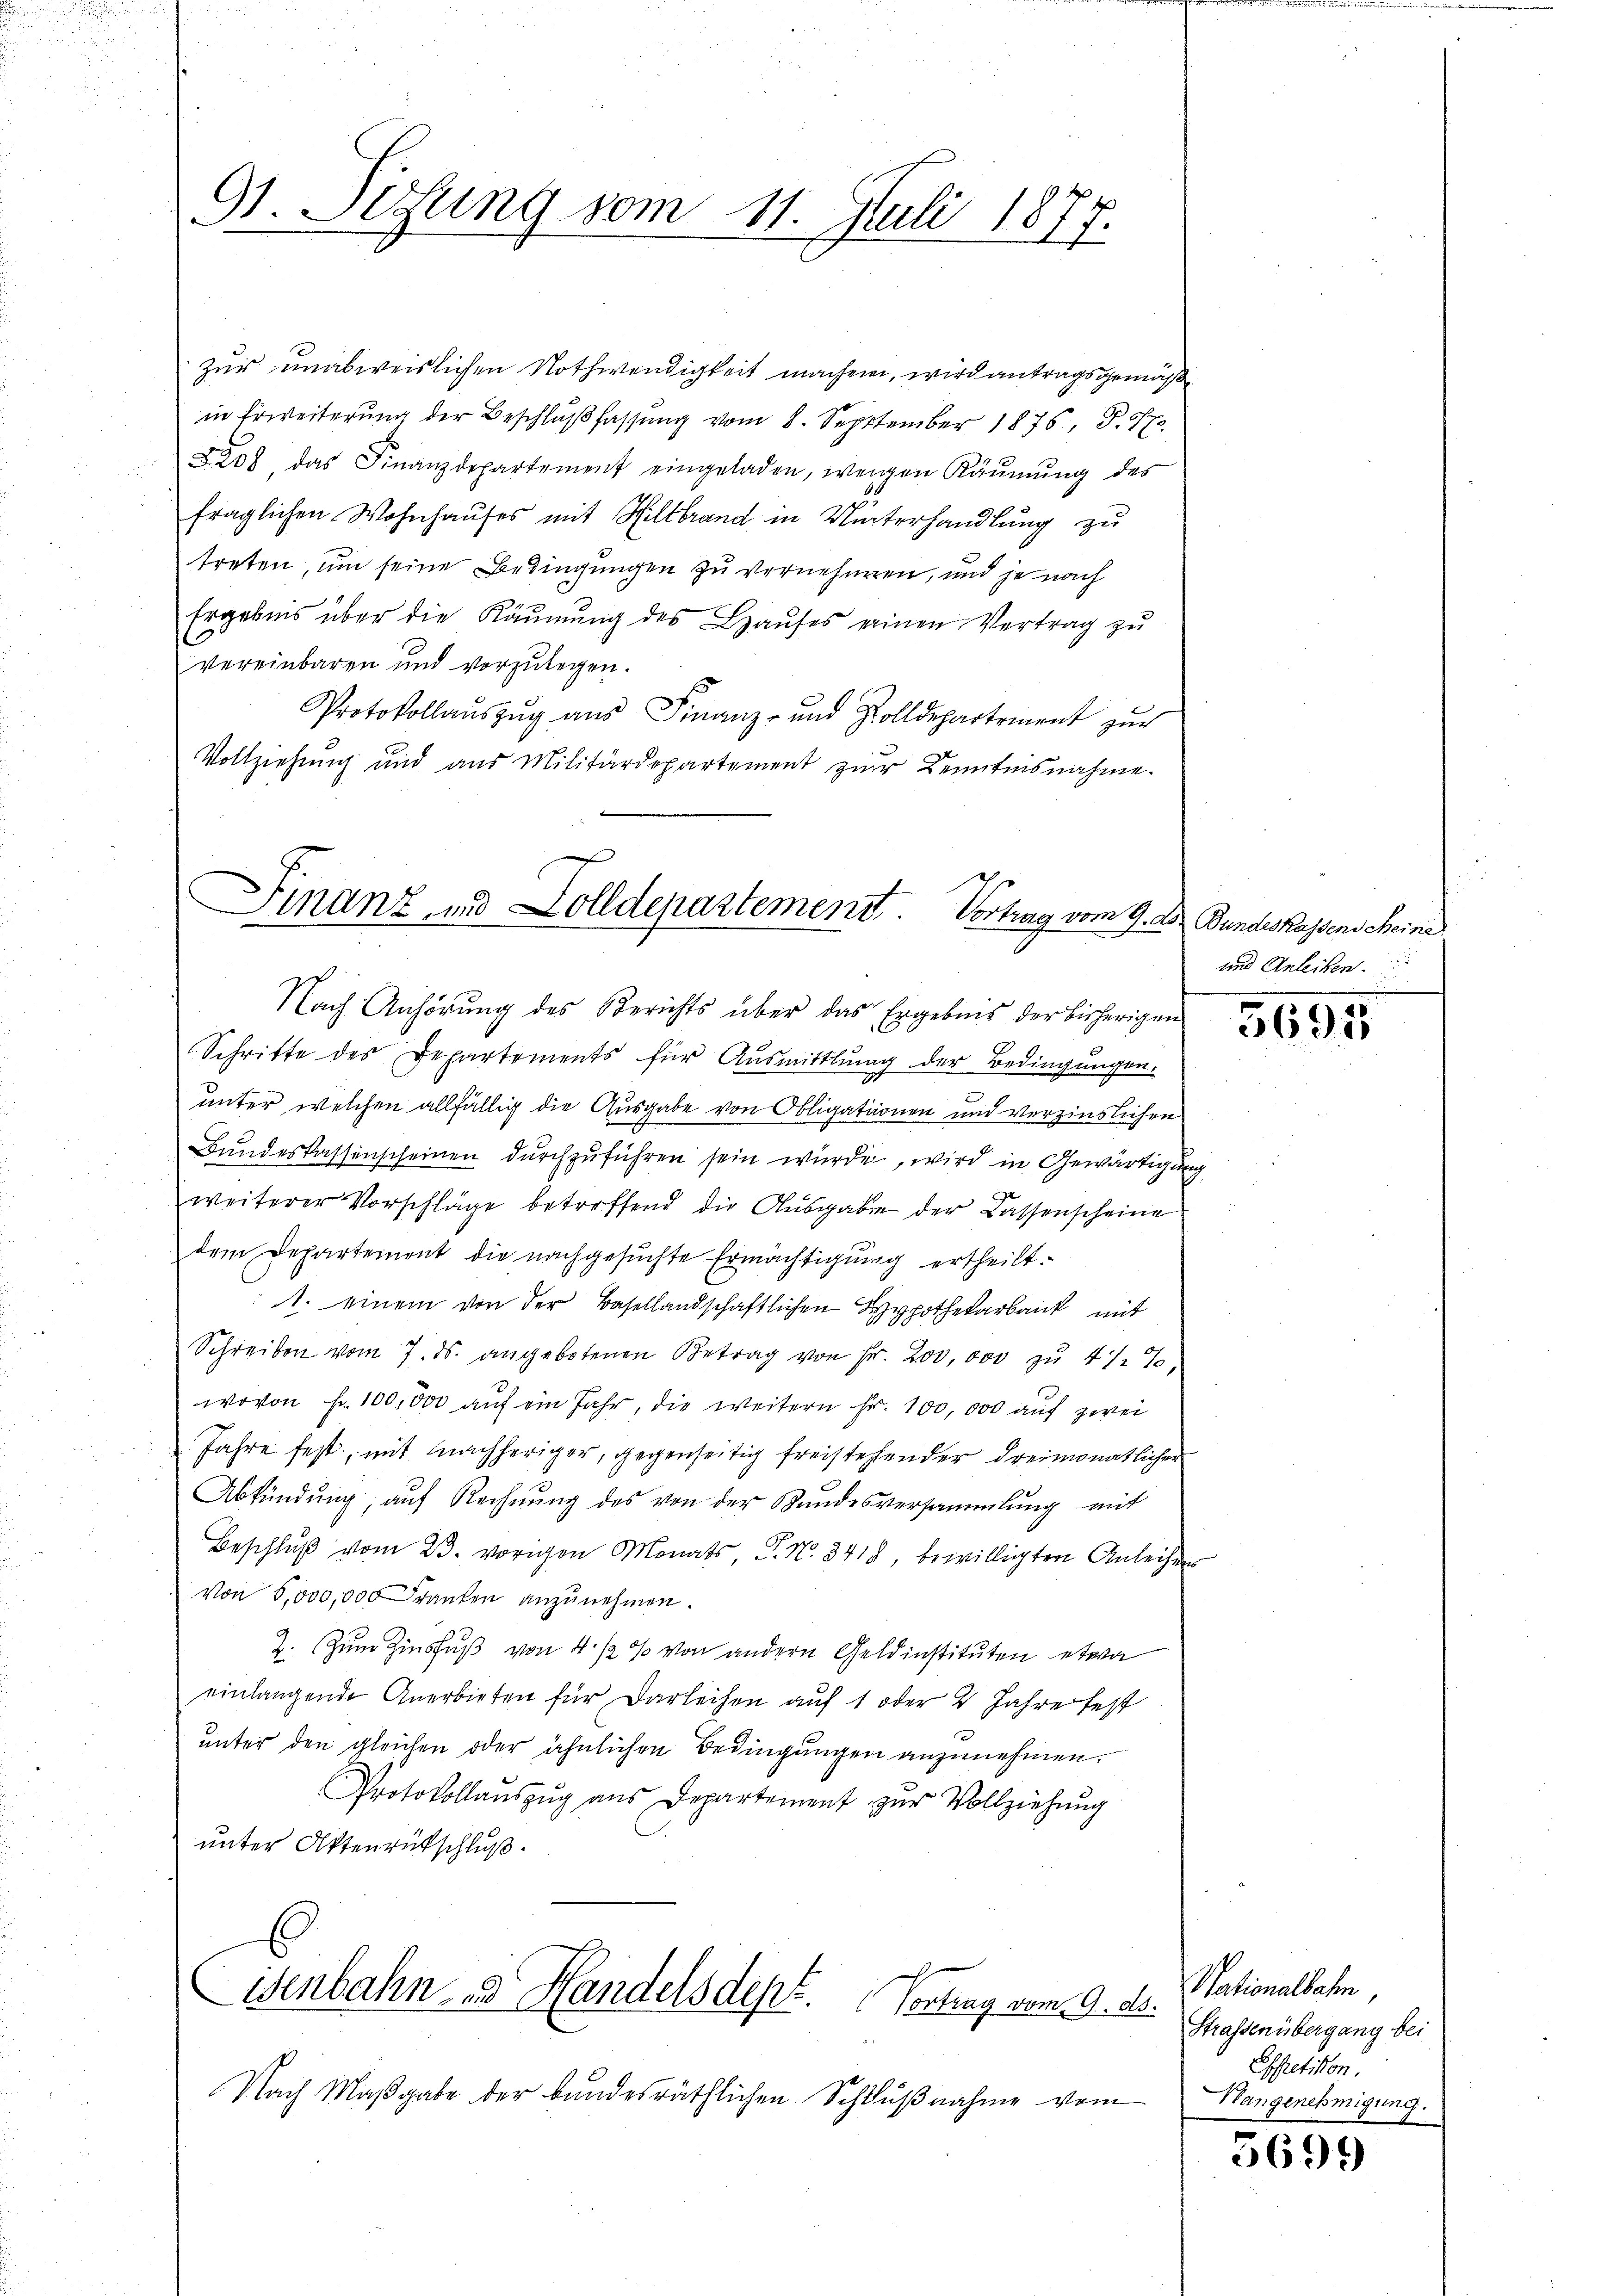
91. Sehling vom 11. Juli 1875.
e

zur unabweislichen Nothwendigkeit machen, wird antragsgemäß
in Erweiterung der Beschlußfassung vom 8. September 1875, S. 97
§208 das Finanzdepartement eingeladen, weigen Käŭmŭng des
fraglichen Wohnhauses mit Hiltbrand in Winterhandlung zu
treten, um seine Bedingungen zu vernehmen, und je nach
Ergebnis über die Räŭmŭng des Haŭses einen Vertrag zŭ
vereinbaren und vorzŭlegen.
Protokollaŭszŭg aŭs Finanz- und Zolldepartement zŭr
Vollziehung und aus Militärdepartement zur Kenntnisnahme.

Finanz und Zolldepartement. Vortrag vom 9. d.

Nach Anhörung des Berichts über das Ergebnis der bisherigen
Schritte des Departements für Aŭsmittlung der Bedingungen.
unter welchen allfällig die Ausgabe von Obligationen und vorzinslichen
Bundeskassenscheinen durchzuführen sein würde, wird in Gewärtigung
weiterer Vorschläge betreffend die Aŭsgabe der Bassenscheine
dem Departement die nachgesŭchte Ermächtigŭng ertheilt.
1. einem von der Basellandschaftlichen Hypothekarbank mit
Schreiben vom 7. ds. angebotenen Betrag von Fr. 200,000 zu 4 1/2%
wovon Fr. 100,000 auf ein Jahr, die weitern Fr. 100,000 auf zwei
Jahre fest, mit nachheriger, gegenseitig freistehender dreimonatlicher
Abkündung, auf Rechnŭng des von der Stundesversammlung mit
Beschluß vom 23. vorigen Monats, P. No. 3418, bewilligten Anleihens
von 5,000,000 Franken anzunehmen.
2. Zum Zinsfuß von 4 1/2 % von andern Geldinstituten etwa
einlangende Anerbieten für Darleihen auf 1 oder 2 Jahre fest
unter den gleichen oder ähnlichen Bedingungen anzunehmen.
Protokollaŭszŭg aŭs Departement zŭr Vollziehŭng
unter Aktenrückschluß

enbahn- u. Handelsdept. Vertrag vom 9. 20.

Nach Maßgabe der bundesräthlichen Schlußnahme vom

d Bundeskassens Meine
und Anleihen.

3695

Nationalbahn,
Strassenübergang bei
Essretikon.
Hangenehmigung.

5695)